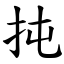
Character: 扽